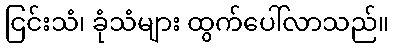
ငြင်းသံ၊ ခုံသံများ ထွက်ပေါ်လာသည်။